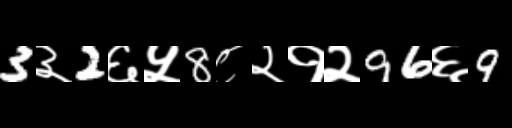
Text: 3३2६५8८२१२96६9